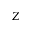
Z